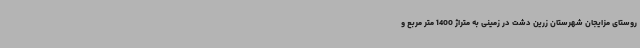
روستای مزایجان شهرستان زرین دشت در زمینی به متراژ 1400 متر مربع و